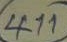
411